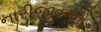
નારીજીવનનો